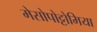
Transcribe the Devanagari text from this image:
मेसोपोट्टोमिया